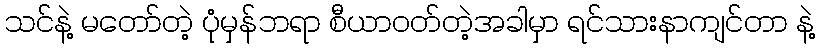
သင်နဲ့ မတော်တဲ့ ပုံမှန်ဘရာ စီယာဝတ်တဲ့အခါမှာ ရင်သားနာကျင်တာ နဲ့